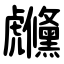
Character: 虪